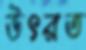
উৎরত